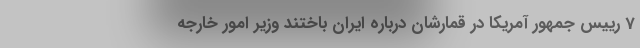
7 رییس جمهور آمریکا در قمارشان درباره ایران باختند وزیر امور خارجه